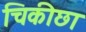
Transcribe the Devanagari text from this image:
चिकीछा